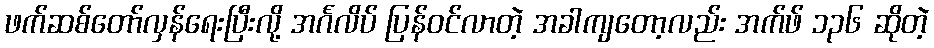
ဖက်ဆစ်တော်လှန်ရေးပြီးလို့ အင်္ဂလိပ် ပြန်ဝင်လာတဲ့ အခါကျတော့လည်း အက်ဖ် ၁၃၆ ဆိုတဲ့